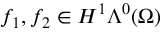
f _ { 1 } , f _ { 2 } \in H ^ { 1 } \Lambda ^ { 0 } ( \Omega )